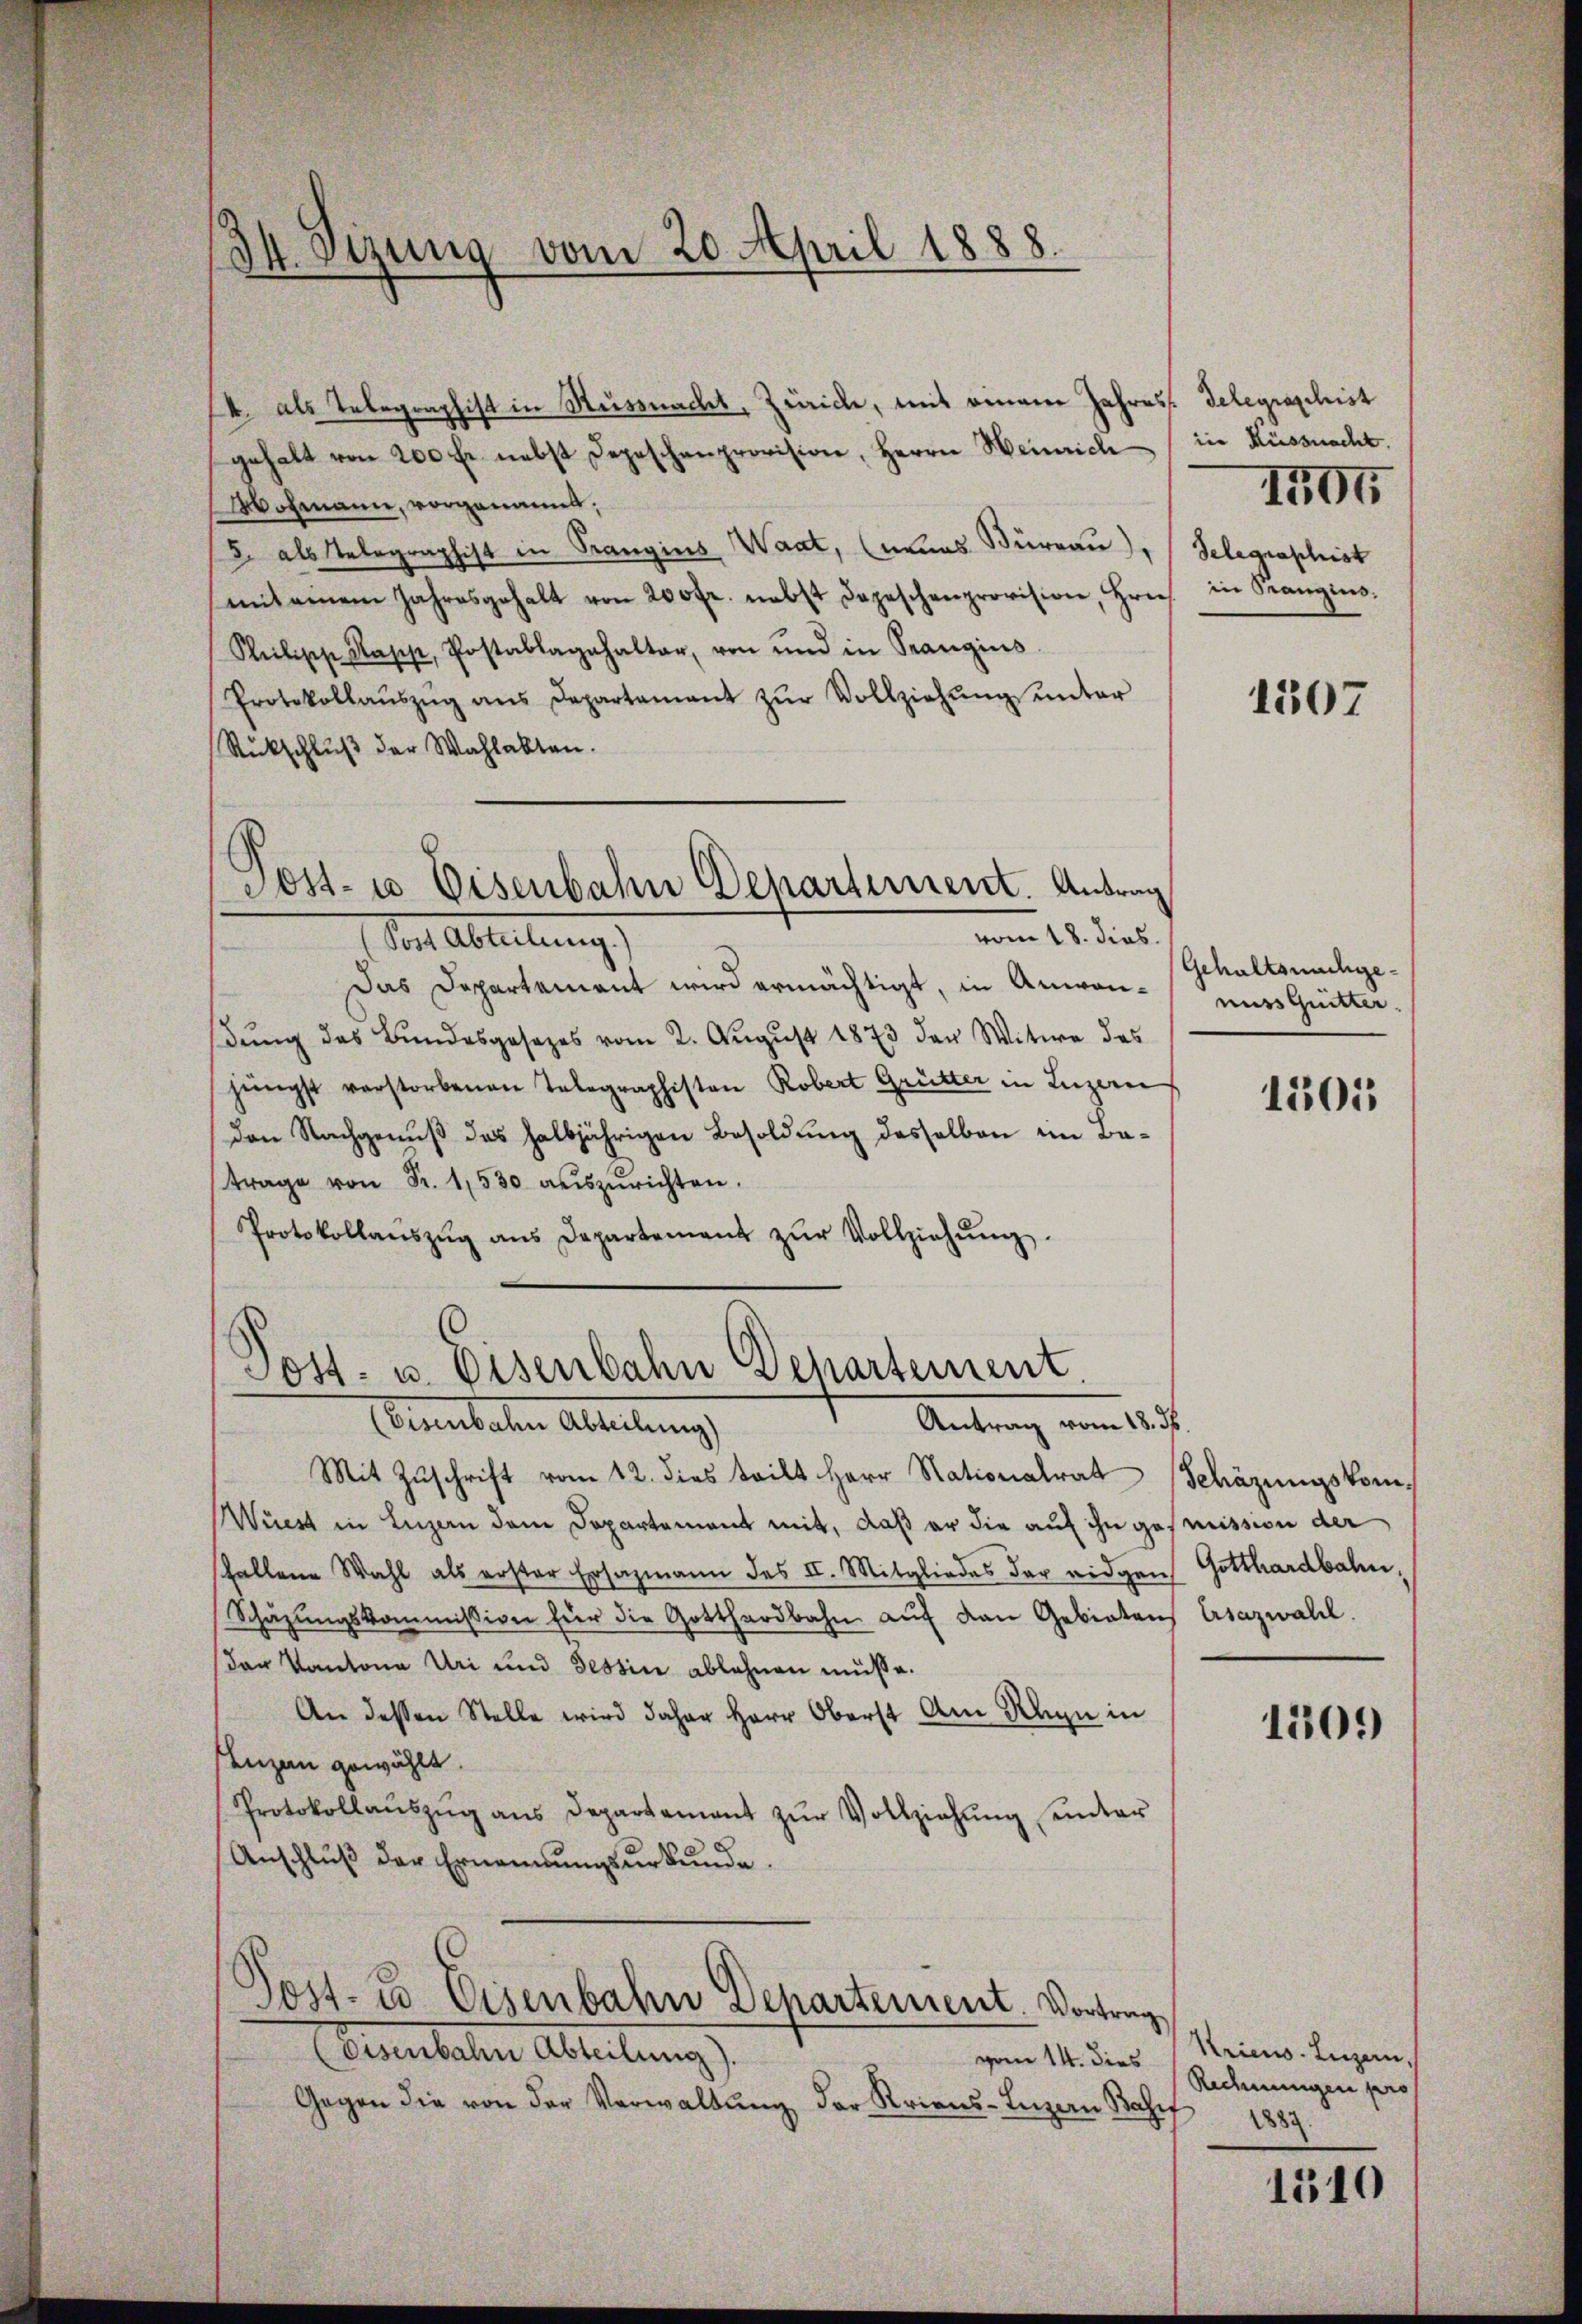
vom 20. April 1888.
34. Sizung

k. als Telegraphist in Messnacht, Zürich, mit einem Jahres Telegraschist
gehalt von 200 fr. nebst Depeschenprovision, Herrn Heinrich
Wohmann, vorgenannt;
J. als Telegraphist in Trangins Waat, (nuns Bürrau), Selegraphist
mit einem Jahresgehalt von 200 fr. nebst Depeschenprovision, Freis. in Orangins.
Philipp Kapp, Postablagehalter, von und in Trangins
Protokollaŭszŭg ans Departamant zŭr Vollziehŭng ŭnter
Rückschluß der Wahlakten.
Post- u Eisenbahn Departement. Antrag
vom 18. dies
Is Abtretung
Das Departement wird ermächtigt, in Anwendŭng des Bundesgesezes vom 2. August 1873 der Witwe des
jüngst verstorbenen Telegraphiston Robert Grütter in Luzern
den Nachgenŭβ des halbjährigen Besoldung desselben im Batrage von Fr. 1530 auszurichten.
Protokollaŭszŭg ans Departement zŭr Vollziehŭng.

Post- u. Eisenbahn Behartement
Antrag vom 18. ds.
Binebaten Abteilung

Mit Zŭschrift vom 12. dies teilt Herr Nationalrat (Schäzŭngskom¬
Wüest in Luzern dem Departement mit, daß er die auf ihn gesimission der
hallene Wahl als erster Ersazmann des II. Mitgliedes der eidgen Gotthardbahn,
Schäzŭngskommission für die Gotthardbahn aŭf den Gebieten
der Kantona Uri und Tessin ablehnen müße.
An dessen Stelle wird daher Herr Oberst am Rhyn in
senzen gewählt.
Protokollaŭszŭg ans Departement zŭr Vollziehŭng unter
Anschlŭβ der Ernennungsurkunde.
Post- u. Eisenbahn Departement. Vortrag
eisenbahn Abteilung).
vom 14. dies
Gegen die von der Verwaltung der Kriens-Inzen Basef

in Küssnacht.

1704

1507

Gehaltsnachgemuss Quitter.

1301

Ersazwahl.

1509

Kriens. Luzern,
Rechnungen pro
1883.

1510